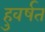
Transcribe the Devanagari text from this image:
हुवर्षत